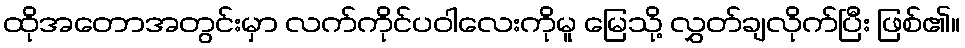
ထိုအတောအတွင်းမှာ လက်ကိုင်ပဝါလေးကိုမူ မြေသို့ လွှတ်ချလိုက်ပြီး ဖြစ်၏။